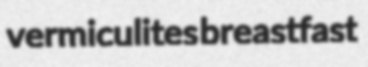
vermiculites breastfast